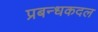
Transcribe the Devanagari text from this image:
प्रबन्धकदल